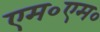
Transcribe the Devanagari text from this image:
एम०एम०